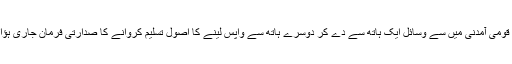
یعنی قومی آمدنی میں سے وسائل ایک ہاتھ سے دے کر دوسرے ہاتھ سے واپس لینے کا اصول تسلیم کروانے کا صدارتی فرمان جاری ہؤا ہے۔